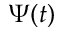
\Psi ( t )